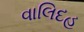
વાલિદહ